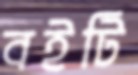
বইটি